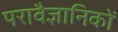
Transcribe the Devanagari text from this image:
परावैज्ञानिकों